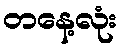
တနေ့လုံး